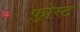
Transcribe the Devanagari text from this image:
फ़्रोस्ट